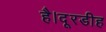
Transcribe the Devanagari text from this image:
है।दूरडीह